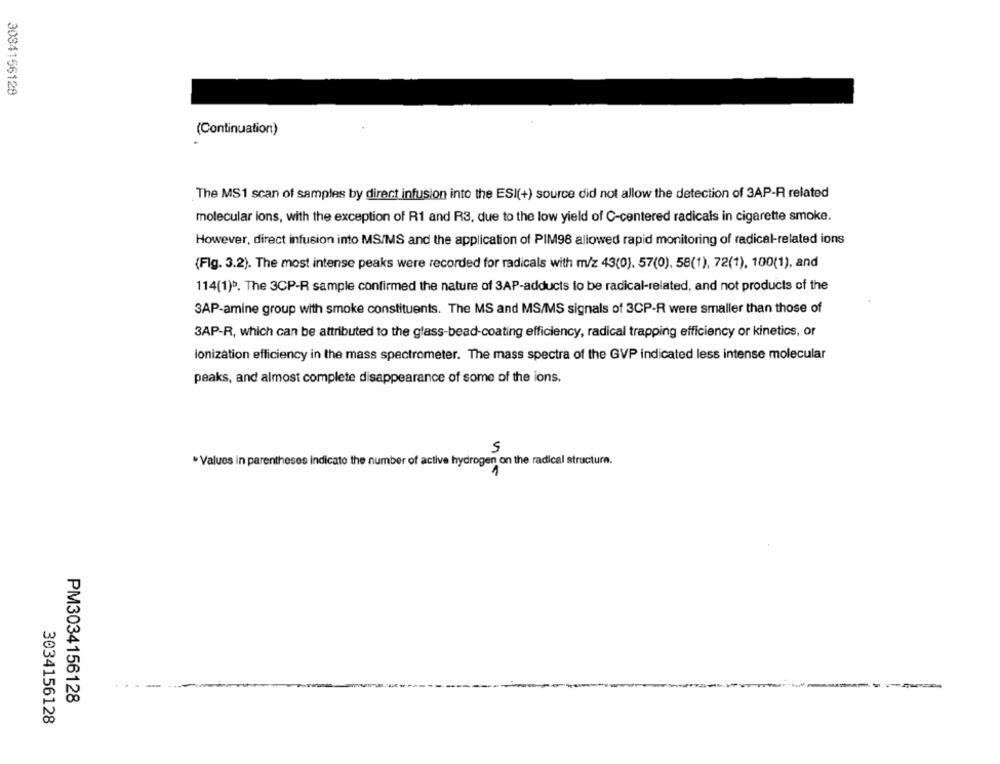
3084156128
(Continuation)
The MS1 scan of samples by direct infusion into the ESI(+) source did not allow the detection of 3AP-R related
molecular ions, with the exception of R1 and R3, due to the low yield of C-centered radicals in cigarette smoke.
However, direct infusion into MS/MS and the application of PIM98 allowed rapid monitoring of radical-related ions
(Flg. 3.2). The most intense peaks were recorded for radicals with m/z 43(0), 57(0), 58(1), 72(1), 100(1), and
114(1)b. The 3CP-R sample confirmed the nature of 3AP-adducts to be radical-related, and not products of the
SAP-amine group with smoke constituents. The MS and MS/MS signals of 3CP-R were smaller than those of
3AP-R, which can be attributed to the glass-bead-coating efficiency, radical trapping efficiency or kinetics, or
ionization efficiency in the mass spectrometer. The mass spectra of the GVP indicated less intense molecular
peaks, and almost complete disappearance of some of the ions.
5
. Values in parentheses indicate the number of active hydrogen on the radical structure.
PM3034156128
3034156128